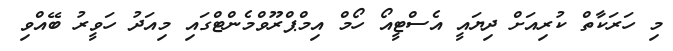
މި ހަރަކާތް ކުރިއަށް ދިޔައީ އެސްޓީއޯ ހޯމް އިމްޕްރޫވްމެންޓްގައި މިއަދު ހަވީރު ބޭއްވި